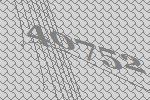
40752